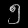
Digit: ၅